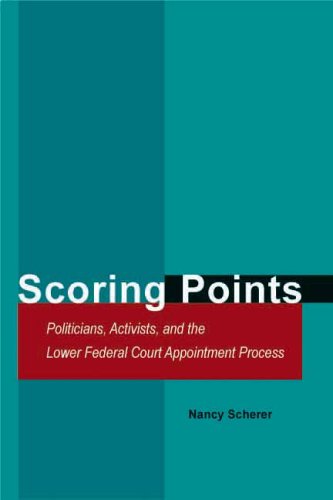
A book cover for Scoring Points: Politicians, Activists, and the Lower Federal Court Appointment Process; Nancy Scherer; Law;